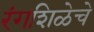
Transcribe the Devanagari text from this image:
रंगशिळेचे